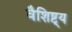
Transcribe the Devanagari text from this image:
वैशिष्ट्‍य